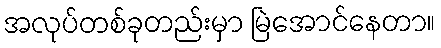
အလုပ်တစ်ခုတည်းမှာ မြဲအောင်နေတာ။